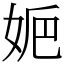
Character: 㛂